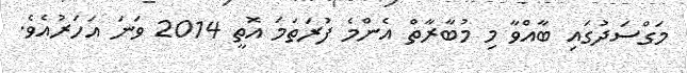
މަގްސަދުގައި ބާއްވާ މި މުބާރާތް އެންމެ ފުރަތަމަ އޮތީ 2014 ވަނަ އަހަރުއެވެ.